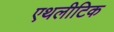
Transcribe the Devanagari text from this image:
एथलीटिक